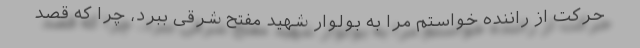
حرکت از راننده خواستم مرا به بولوار شهید مفتح شرقی ببرد، چرا که قصد